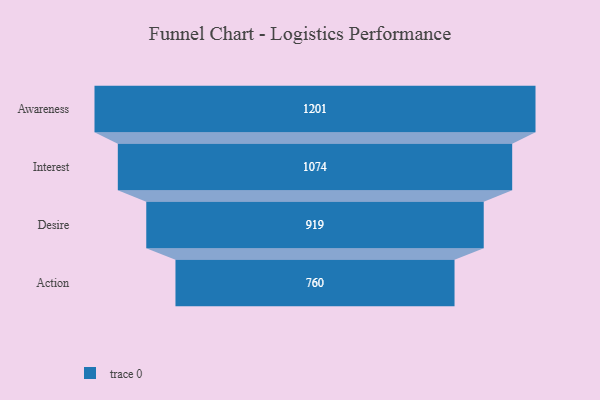
{"axis": {"x": "Stage", "y": "Value"}, "legend": [""], "data": [{"x": "Awareness", "y": 1201.0, "type": ""}, {"x": "Interest", "y": 1074.0, "type": ""}, {"x": "Desire", "y": 919.0, "type": ""}, {"x": "Action", "y": 760.0, "type": ""}]}